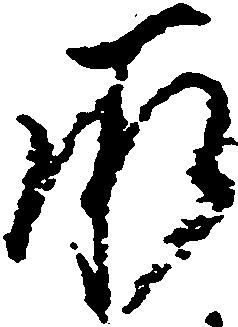
承